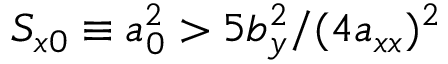
S _ { x 0 } \equiv a _ { 0 } ^ { 2 } > 5 b _ { y } ^ { 2 } / ( 4 a _ { x x } ) ^ { 2 }